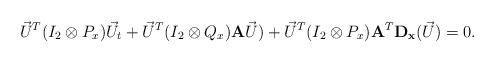
LaTeX: \begin{align*} \vec U^T (I_2 \otimes P_x) \vec U_t+ \vec U^T (I_2 \otimes Q_x) {\bf A} \vec U)+ \vec U^T (I_2 \otimes P_x){\bf A}^T {\bf D_x} (\vec U) =0.\end{align*}